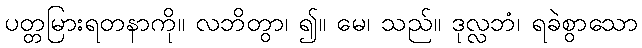
ပတ္တမြားရတနာကို။ လဘိတွာ၊ ၍။ မေ၊ သည်။ ဒုလ္လဘံ၊ ရခဲစွာသော